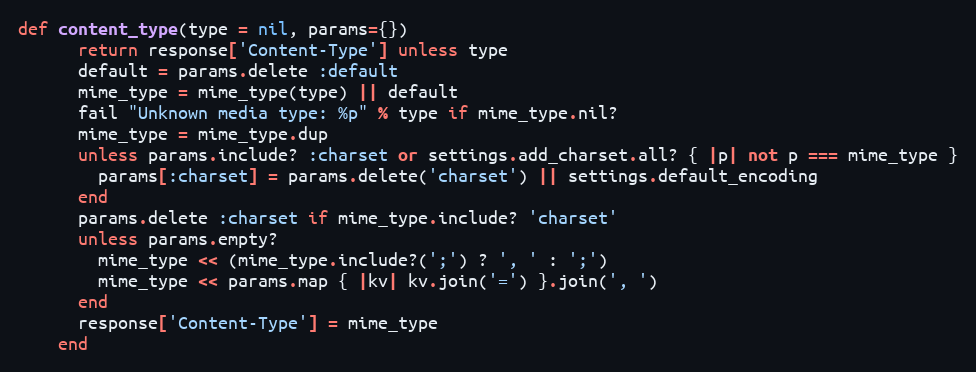
Language: Ruby
def content_type(type = nil, params={})
      return response['Content-Type'] unless type
      default = params.delete :default
      mime_type = mime_type(type) || default
      fail "Unknown media type: %p" % type if mime_type.nil?
      mime_type = mime_type.dup
      unless params.include? :charset or settings.add_charset.all? { |p| not p === mime_type }
        params[:charset] = params.delete('charset') || settings.default_encoding
      end
      params.delete :charset if mime_type.include? 'charset'
      unless params.empty?
        mime_type << (mime_type.include?(';') ? ', ' : ';')
        mime_type << params.map { |kv| kv.join('=') }.join(', ')
      end
      response['Content-Type'] = mime_type
    end